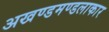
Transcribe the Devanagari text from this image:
अखण्डमण्डलाकार